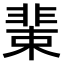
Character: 𩇹